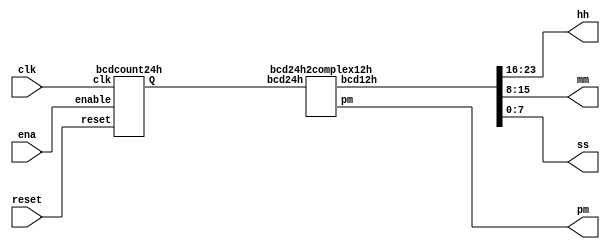
/*

Copyright 2022 Marc Ketel
SPDX-License-Identifier: Apache-2.0

*/

`default_nettype none

module top_module (
    input wire clk,
    input wire reset,
    input wire ena,
    output wire pm,
    output wire [7:0] hh,
    output wire [7:0] mm,
    output wire [7:0] ss
);

  wire [23:0] bcd24h;

  bcdcount24h standard_time_format (
      .clk(clk),
      .reset(reset),
      .enable(ena),
      .Q(bcd24h)
  );

  bcd24h2complex12h really_complex_time_format (
      .bcd24h(bcd24h),
      .pm(pm),
      .bcd12h({hh, mm, ss})
  );

endmodule

module bcdcount24h (
    input wire clk,
    input wire reset,
    input wire enable,
    output wire [23:0] Q
);

  reg [16:0] secondcounter;
  wire [5:0] seconds;
  wire [5:0] minutes;
  wire [4:0] hours;

  always @(posedge clk) begin
    if (reset) secondcounter = 1'd0;
    else if (enable) begin
      if (secondcounter == 17'd86399)
        secondcounter <= 1'd0;
      else
        secondcounter = secondcounter + 1'd1;
    end
  end

  assign seconds = secondcounter % 60;
  assign minutes = secondcounter / 60 % 60;
  assign hours = secondcounter / 60 / 60 % 60;

  assign Q[3:0] = seconds % 10;
  assign Q[7:4] = seconds / 10;
  assign Q[11:8] = minutes % 10;
  assign Q[15:12] = minutes / 10;
  assign Q[19:16] = hours % 10;
  assign Q[23:20] = hours / 10;

endmodule

module bcd24h2complex12h (
    input wire [23:0] bcd24h,
    output reg pm,
    output reg [23:0] bcd12h
);

  always @(*) begin
    if (bcd24h >= 24'h000000 & bcd24h < 24'h010000) begin
      bcd12h = bcd24h + 24'h120000;
    end else if (bcd24h >= 24'h130000 & bcd24h < 24'h200000) begin
      bcd12h = bcd24h - 24'h120000;
    end else if (bcd24h >= 24'h200000 & bcd24h < 24'h220000) begin
      bcd12h = bcd24h - 24'h180000;
    end else if (bcd24h >= 24'h220000) begin
      bcd12h = bcd24h - 24'h120000;
    end else begin
      bcd12h = bcd24h;
    end

    if (bcd24h < 24'h120000) pm = 0;
    else pm = 1;
  end
endmodule